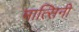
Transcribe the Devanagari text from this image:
मात्सिनी